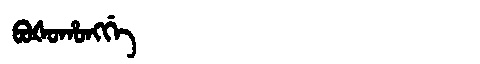
Manchu: ᠪᠣᡧᠣᡥᠣᠩᡤᡝ
Romanization: BOŠOHONGGE